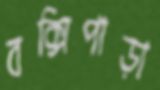
বক্সিপাড়া